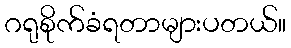
ဂရုစိုက်ခံရတာများပတယ်။